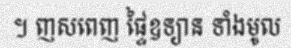
។ ញសពេញ ផ្ទៃឧទ្យាន ទាំងមូល